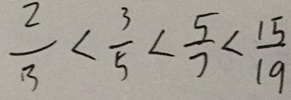
\frac { 2 } { 3 } < \frac { 3 } { 5 } < \frac { 5 } { 7 } < \frac { 1 5 } { 1 9 }